Calcutta medical institutions reports 1892-1900
Year: 1892
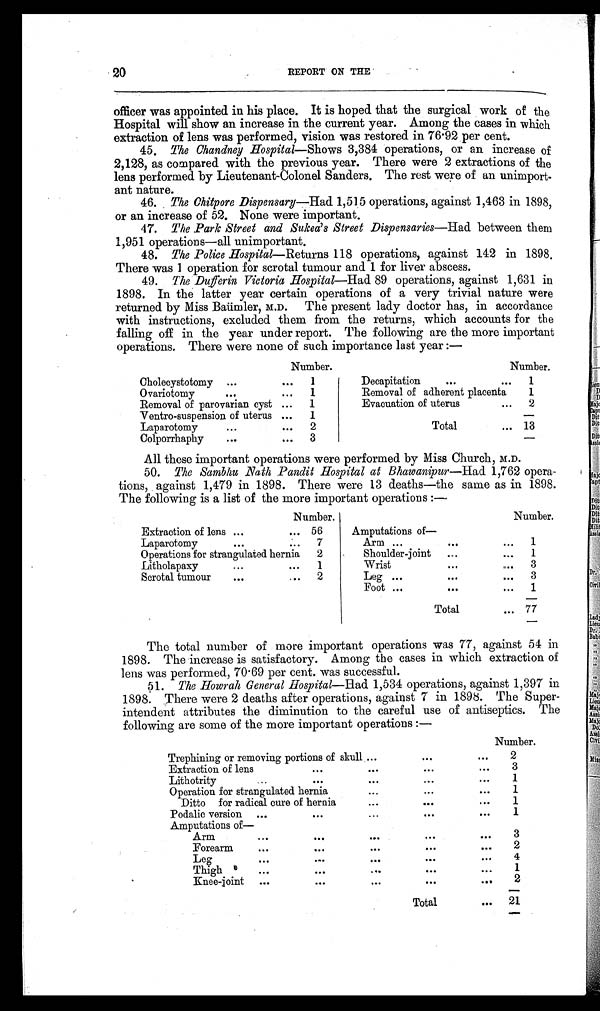
20
REPORT ON THE
officer was appointed in his place. It is hoped that the surgical work of the
Hospital will show an increase in the current year. Among the cases in which
extraction of lens was performed, vision was restored in 76.92 per cent.
45. The Chandney Hospital— Shows 3,384 operations, or an increase of
2,128, as compared with the previous year. There were 2 extractions of the
lens performed by Lieutenant-Colonel Sanders. The rest were of an unimport-
ant nature.
46. The Chitpore Dispensary—Had 1,515 operations, against 1,463 in 1898,
or an increase of 52. None were important.
47. The Park Street and Sukea's Street Dispensaries— Had between them
1,951 operations—all unimportant.
48. The Police Hospital— Returns 118 operations, against 142 in 1898.
There was 1 operation for scrotal tumour and 1 for liver abscess.
49. The Dufferin Victoria Hospital—Had 89 operations, against 1,631 in
1898. In the latter year certain operations of a very trivial nature were
returned by Miss Baümler M.D. The present lady doctor has, in accordance
with instructions, excluded them from the returns, which accounts for the
falling off in the year under report. The following are the more important
operations. There were none of such importance last year :—
Number.
Number.
Cholecystotomy ...
...
1
Decapitation
...
...
1
Ovariotomy
...
1
Removal of adherent placenta
1
Removal of parovarian cyst ...
1
Evacuation of uterus...
2
Ventro-suspension of uterus ...
1
—
Laparotomy
...
••
2
Total
... 13
Colporrhaphy
...
. .
3
—
All these important operations were performed by Miss Church, M.D.
50. The Sambhu Bath .Pandit Hospital at Bhawanipur— Had 1,762 ope
r a - t i o n s , a g a i n s t 1 , 4 7 9 i n 1 8 9 8 . T h e r e w e r e 1 3 d e a t h s — t h e s a m e a s i n 1 8 9 8 .
The following is a list of the more important operations
Number.
Number.
Extraction of lens ...
... 56
Amputations of-
Arm ...
. . .
...
1
Laparotomy
...
...
7
Operations for strangulated hernia
2
Shoulder-joint ...
. . . 1
Litholapaxy
...
...
1
Wrist
...
... 3
Scrotal tumour
...
...
2
Leg ...
. . .
. . .
3
Foot ...
. . .
. . .
1
Total
... 77
The total number of more important operations was 77, against 54 in
1898. The increase is satisfactory. Among the cases in which extraction of
lens was performed, 70.69 per cent. was successful.
51. The Hoorah General Hospital— Had 1,534 operations, against 1,397 in
1898. There were 2 deaths after operations, against 7 in 1898. The Super-
intendent attributes the diminution to the careful use of antiseptics. The
following are some of the more important operations :—
Number.
Trephining or removing portions of skull ...
. . .
...
2
Extraction of lens
. . .
•••
• • .
...
3
..
Lithotrity—
...
. . .
...
1
Operation for strangulated hernia
...
. . .
...
1
Ditto for radical cure of hernia
...
. . .
••
1
Podalic version ...
...
...
...
. . .
1
Amputations of—
Arm
...
...
..
...
. . .
3
Forearm
. . . ...
...
. . .
. . .
2
Leg
...
...
...
. . .
...
4
Thigh
...
. . .
...
...
...
1
Knee-joint ...
. . .
...
. . .
...
2
Total
. . . 21